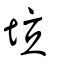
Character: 垃